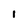
Character: 1